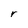
Character: r